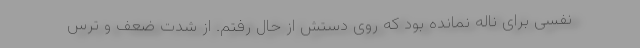
نفسی برای ناله نمانده بود که روی دستش از حال رفتم. از شدت ضعف و ترس